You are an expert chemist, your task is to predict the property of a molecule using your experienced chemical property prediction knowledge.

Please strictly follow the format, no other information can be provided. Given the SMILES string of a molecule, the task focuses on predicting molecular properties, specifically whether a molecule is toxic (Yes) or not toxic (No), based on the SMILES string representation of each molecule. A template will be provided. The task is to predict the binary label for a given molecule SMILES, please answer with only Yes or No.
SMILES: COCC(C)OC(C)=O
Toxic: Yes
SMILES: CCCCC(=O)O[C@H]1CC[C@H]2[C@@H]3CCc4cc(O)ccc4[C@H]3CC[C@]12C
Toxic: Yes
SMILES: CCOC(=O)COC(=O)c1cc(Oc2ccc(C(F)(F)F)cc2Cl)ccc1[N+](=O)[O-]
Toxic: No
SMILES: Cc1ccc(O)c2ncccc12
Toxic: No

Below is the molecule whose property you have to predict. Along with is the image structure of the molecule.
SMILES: CC(=O)OCc1ccco1
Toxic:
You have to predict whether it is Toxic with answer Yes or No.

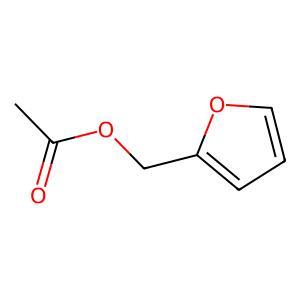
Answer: No